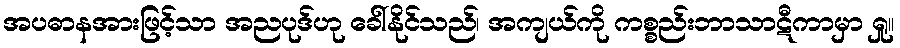
အပဓာနအားဖြင့်သာ အညပုဒ်ဟု ခေါ်နိုင်သည်၊ အကျယ်ကို ကစ္စည်းဘာသာဋီကာမှာ ရှု။